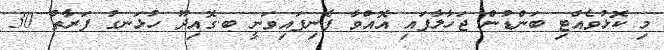
މި ކޮޅުވެއްޓި ބަންޑުން ޖަހާލާފައި އޮއްވާ ފެނިފައިވަނީ ބ.ގޮއިދޫ ހުޅަނގު ފަރާތު 30